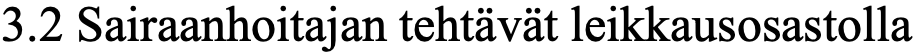
3.2 Sairaanhoitajan tehtävät leikkausosastolla